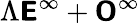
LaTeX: \Lambda\boldsymbol{\mathsf{E}}^{\infty}+\boldsymbol{\mathsf{O}}^{\infty}